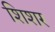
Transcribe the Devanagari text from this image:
शिशर